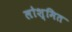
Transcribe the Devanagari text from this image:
लोश्मित